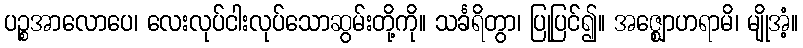
ပဉ္စအာလောပေ၊ လေးလုပ်ငါးလုပ်သောဆွမ်းတို့ကို။ သင်္ခရိတွာ၊ ပြုပြင်၍။ အဇ္ဈောဟရာမိ၊ မျိုအံ့။